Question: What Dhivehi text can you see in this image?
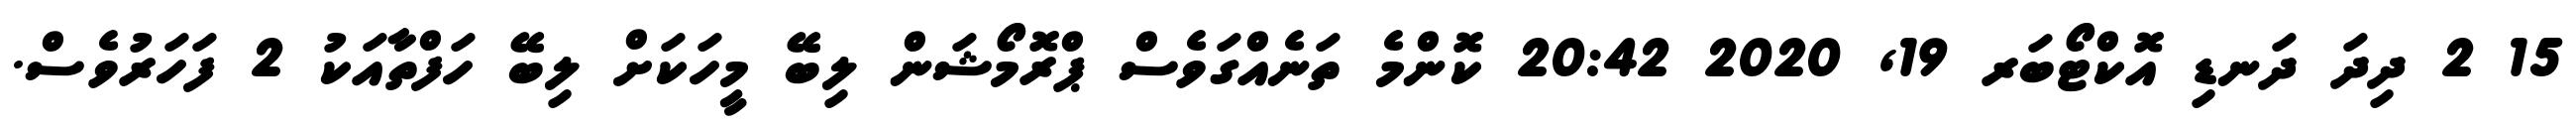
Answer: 15 2 ދިދަ ދަނޑި އޮކްޓޯބަރ 19, 2020 20:42 ކޮންމެ ތަނެއްގަވެސް ޕްރޮމޯޝަން ލިބޭ މީހަކަށް ލިބޭ ހަފްތާއަކު 2 ފަހަރުވެސް.